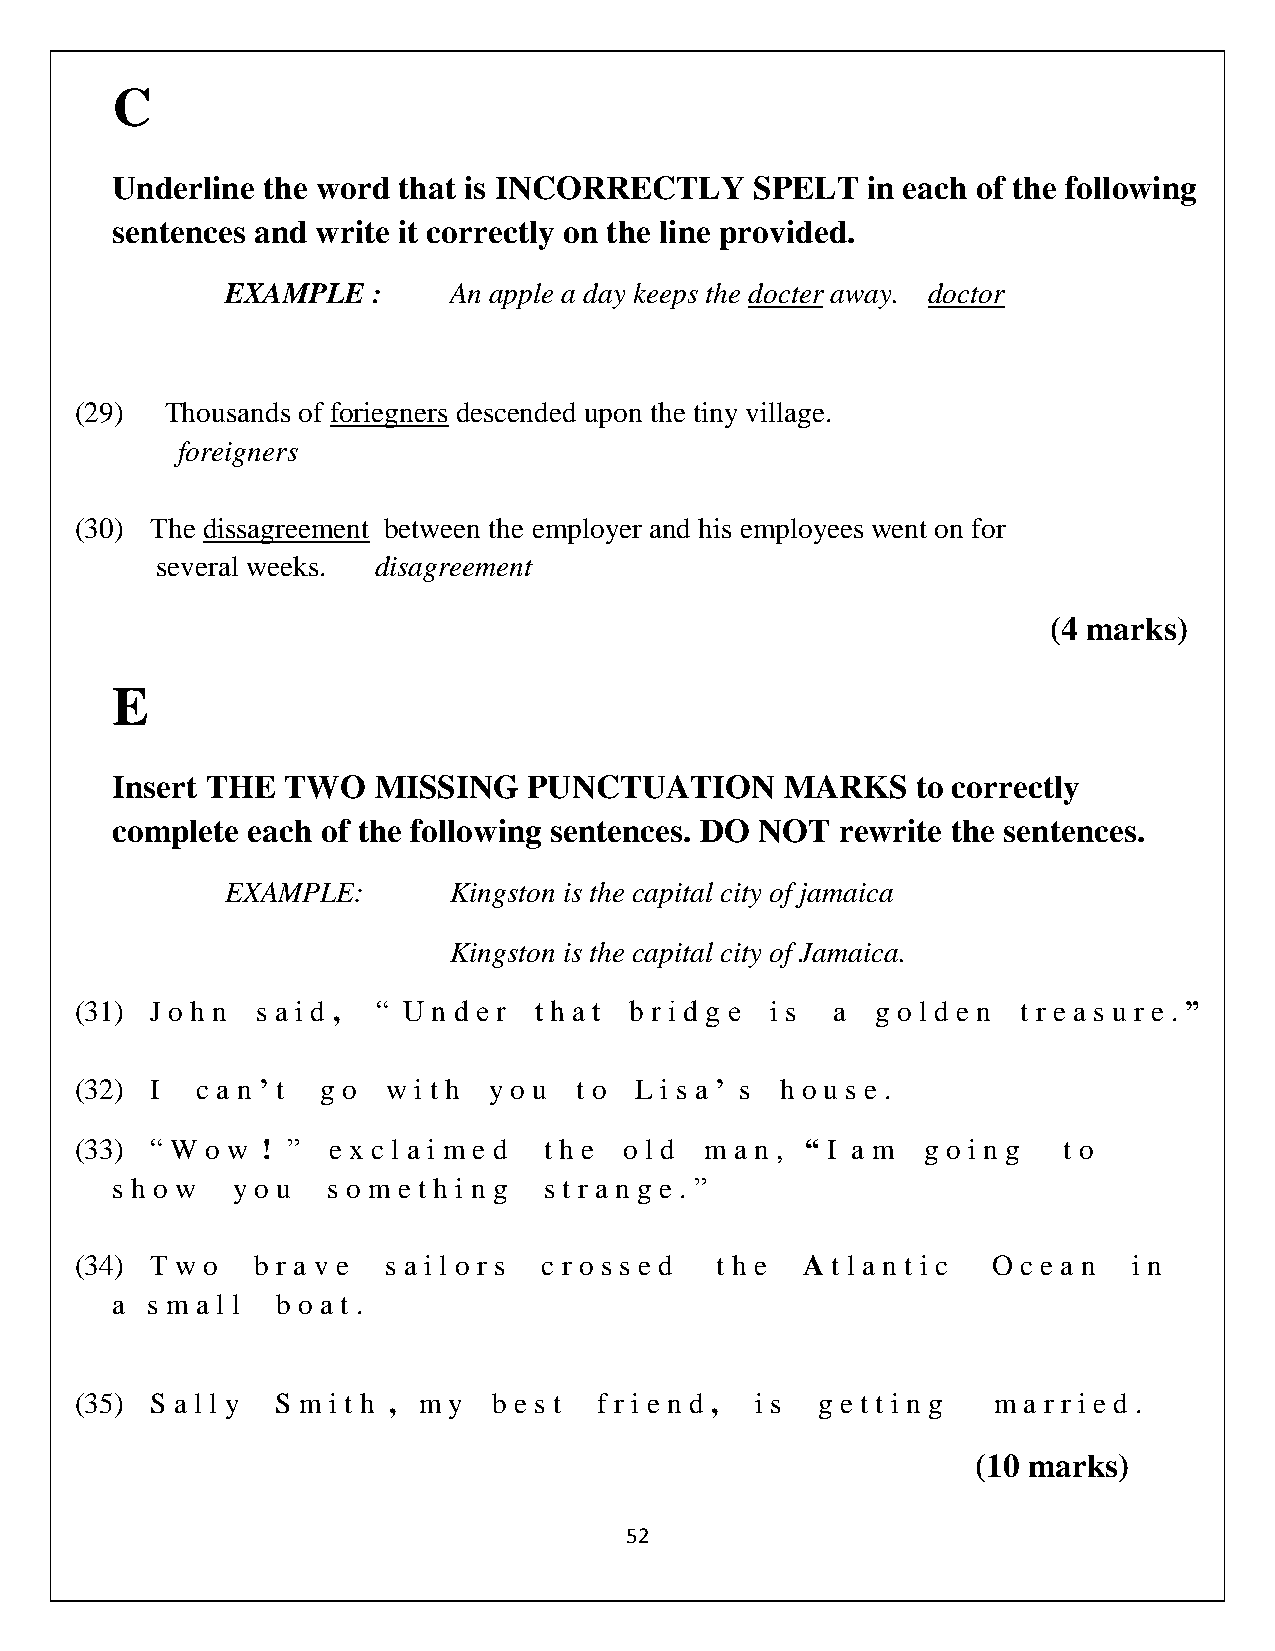
C
 Underline the word that is INCORRECTLY     SPELT  in each of the following
 sentences and write it correctly on the line provided.
 EXAMPLE   :    An apple a day keeps the docter away. doctor
 (29)  Thousands of foriegners descended upon the tiny village.
 foreigners
 (30) The dissagreement between the employer and his employees went on for
 several weeks. disagreement
 (4 marks)
 E
 Insert THE  TWO   MISSING   PUNCTUATION      MARKS    to correctly
 complete each of the following sentences. DO NOT rewrite the sentences.
 EXAMPLE:       Kingston is the capital city of jamaica
 Kingston is the capital city of Jamaica.
 (31) J o h n s a i d , “ U n d e r t h a t b r i d g e i s a g o l d e n t r e a s u r e . ”
 (32) I  c a n ’ t g o w i t h y o u t o L i s a ’ s h o u s e .
 (33) “ W o w ! ” e x c l a i m e d t h e o l d m a n , “ I a m g o i n g t o
 s h o w y o u  s o m e t h i n g s t r a n g e . ”
 (34) T w o  b r a v e s a i l o r s c r o s s e d t h e A t l a n t i c O c e a n i n
 a  s m a l l b o a t .
 (35) S a l l y S m i t h , m y b e s t f r i e n d , i s g e t t i n g m a r r i e d .
 (10 marks)
 52